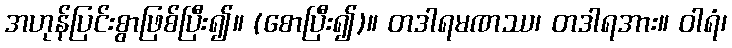
အဟုန်ပြင်းစွာဖြစ်ပြီး၍။ (စောပြီး၍)။ တဒါရမဏဿ၊ တဒါရအား။ ဝါရံ၊